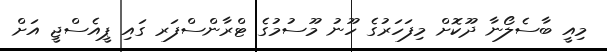
މިއީ ބާސެލޯނާ ދޫކޮށް މިފަހަރުގެ ހޫނު މޫސުމުގެ ޓްރާންސްފަރ ގައި ޕީއެސްޖީ އަށް